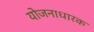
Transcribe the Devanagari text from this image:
योजनाधारक